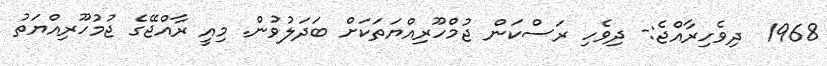
1968  ދިވެހިރާއްޖެ:- ދިވެހި ރަސްކަން ޖުމްހޫރިއްޔަތަކަށް ބަދަލުވުން. މިއީ ރާއްޖޭގެ ޖުމުހޫރިއްޔަތު